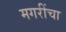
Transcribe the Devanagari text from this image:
मगरींचा